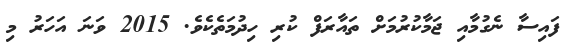
ފައިސާ ނެގުމާއި ޖަމާކުރުމަށް ތައާރަފް ކުރި ހިދުމަތެކެވެ. 2015 ވަނަ އަހަރު މި